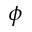
\phi